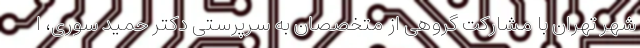
شهر تهران با مشارکت گروهی از متخصصان به سرپرستی دکتر حمید سوری، ا